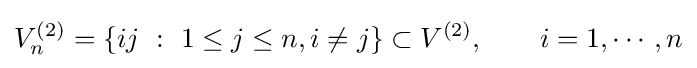
V_{n}^{(2)}=\left\{ij\ :\ 1\leq j\leq n,i\neq j\right\}\subset V^{(2)},\qquad i=1,\cdots ,n